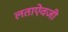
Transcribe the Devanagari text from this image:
लताऐवजी